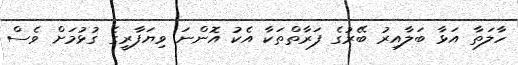
ހާލަތާ އަޅާ ބަލާއިރު ބޭރުގެ ފަރާތްތަކާ އެކު އޮންނަ ވިޔަފާރީގެ ގުޅުމަށް ވެސް